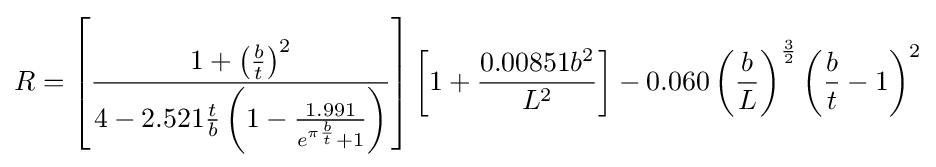
R=\left[{\frac {1+\left({\frac {b}{t}}\right)^{2}}{4-2.521{\frac {t}{b}}\left(1-{\frac {1.991}{e^{\pi {\frac {b}{t}}}+1}}\right)}}\right]\left[1+{\frac {0.00851b^{2}}{L^{2}}}\right]-0.060\left({\frac {b}{L}}\right)^{\frac {3}{2}}\left({\frac {b}{t}}-1\right)^{2}